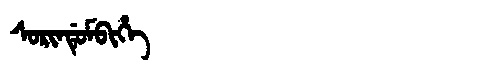
Manchu: ᠰᠣᡵᡳᠨᡩᡠᠮᠪᡳᡥᡝ
Romanization: SORINDUMBIHE